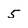
Character: 5